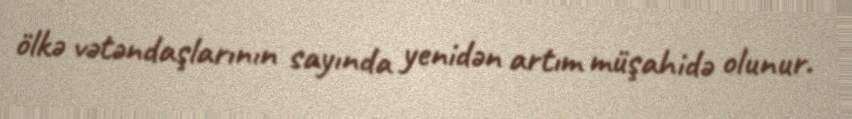
ölkə vətəndaşlarının sayında yenidən artım müşahidə olunur.